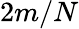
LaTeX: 2m/N